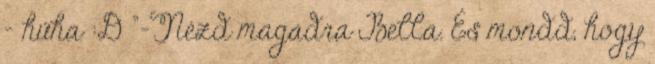
- hűha :D "-Nézd magadra Bella. És mondd, hogy